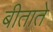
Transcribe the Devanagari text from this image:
बीताते